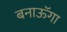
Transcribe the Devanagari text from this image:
बनाऊॅगा